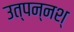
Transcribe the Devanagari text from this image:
उत्पन्नश्